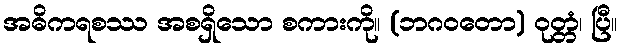
အဓိကရစဿ အစရှိသော စကားကို။ (ဘဂဝတော) ဝုတ္တံ၊ ပြီ။